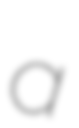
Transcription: a